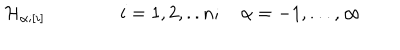
{ \cal H } _ { \alpha ; [ i ] } \qquad \qquad i = 1 , 2 , . . n ; \quad \alpha = - 1 , . . . , \infty